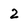
Character: 2